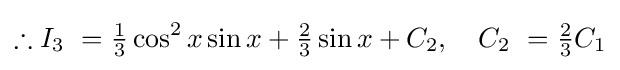
\therefore I_{3}\ ={\tfrac {1}{3}}\cos ^{2}x\sin x+{\tfrac {2}{3}}\sin x+C_{2},\quad C_{2}\ ={\tfrac {2}{3}}C_{1}